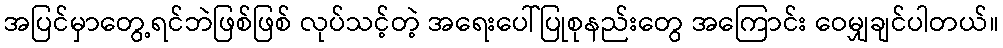
အပြင်မှာတွေ့ရင်ဘဲဖြစ်ဖြစ် လုပ်သင့်တဲ့ အရေးပေါ်ပြုစုနည်းတွေ အကြောင်း ဝေမျှချင်ပါတယ်။